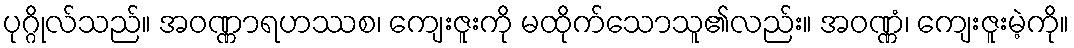
ပုဂ္ဂိုလ်သည်။ အဝဏ္ဏာရဟဿစ၊ ကျေးဇူးကို မထိုက်သောသူ၏လည်း။ အဝဏ္ဏံ၊ ကျေးဇူးမဲ့ကို။